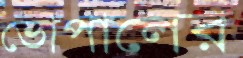
ভোপালের